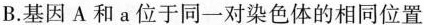
B.基因A和a位于同一对染色体的相同位置